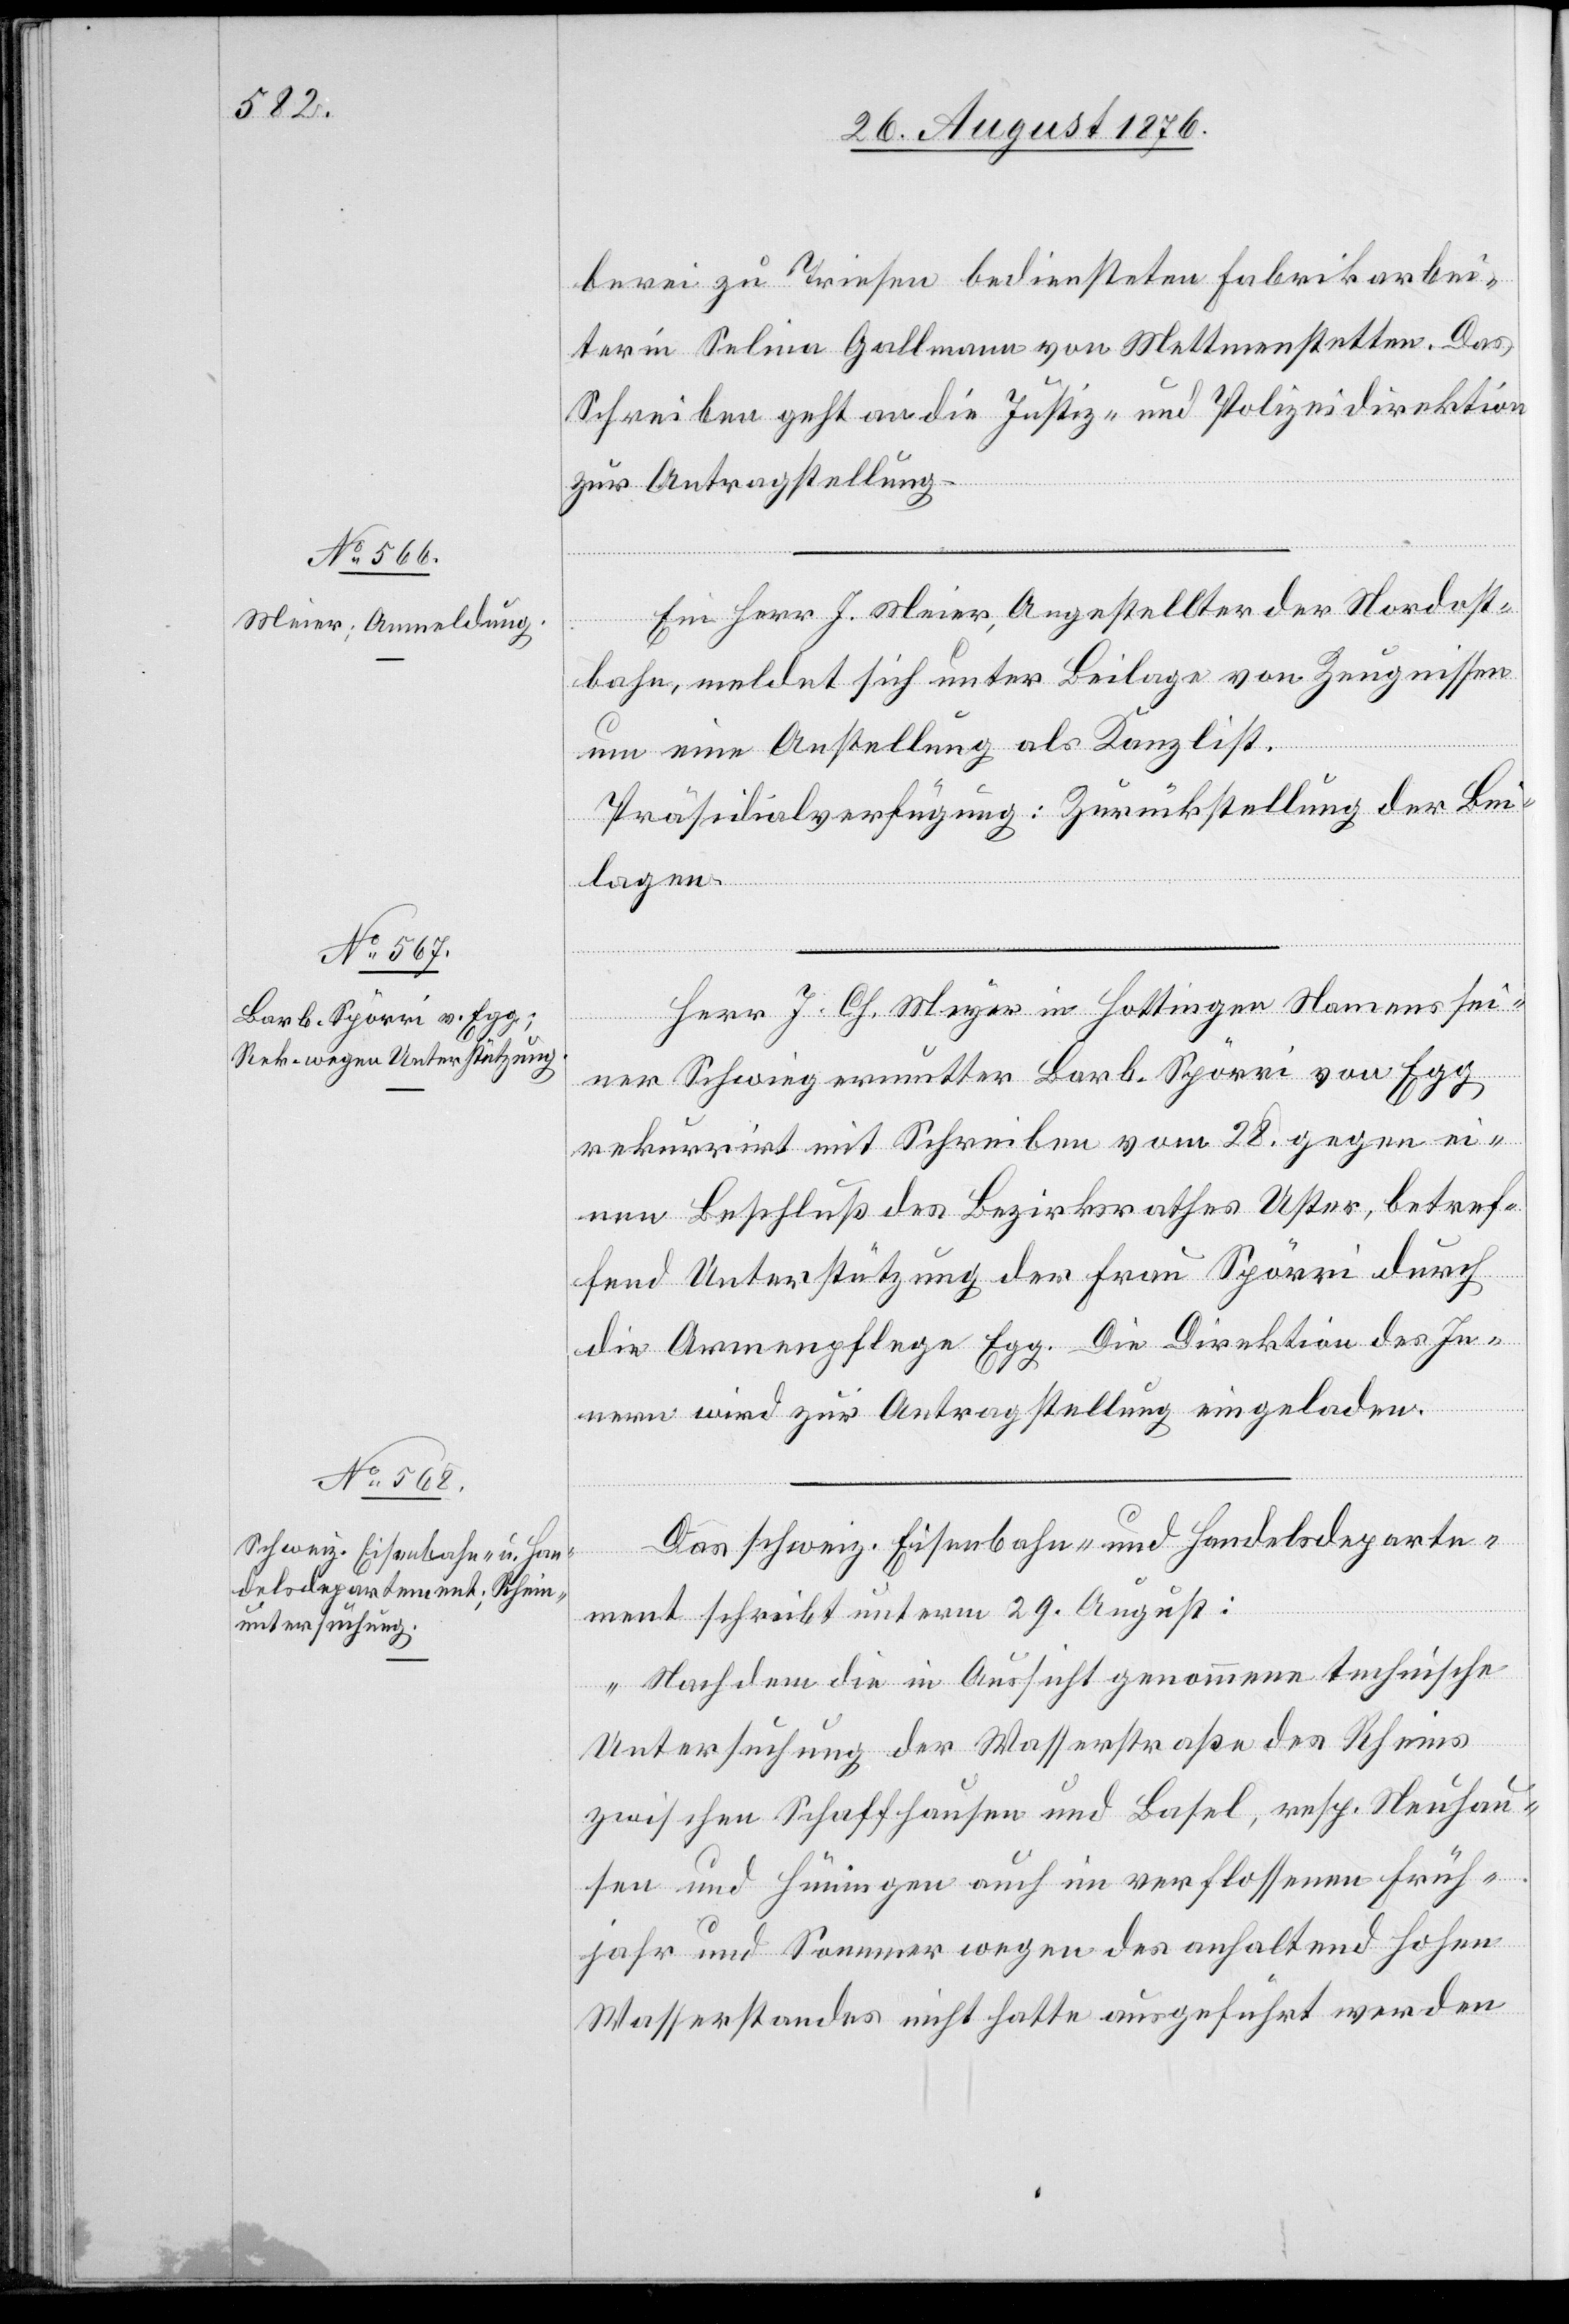
31. August 1876.]
berei zu Triesen bediensteten Fabrikarbei¬
terin Selina Gallmann von Mettmenstetten. Das
Schreiben geht an die Justiz- und Polizeidirektion
zur Antragstellung.
Ein Herr J. Meier, Angestellter der Nordost¬
bahn, meldet sich unter Beilage von Zeugnissen
um eine Anstellung als Kanzlist.
Präsidialverfügung: Zurückstellung der Bei¬
lagen.
Herr J. Ch. Meyer in Hottingen Namens sei¬
ner Schwiegermutter Barb. Spörri von Egg
rekurrirt mit Schreiben vom 28. gegen ei¬
nen Beschluß des Bezirksrathes Uster, betref¬
fend Unterstützung der Frau Spörri durch
die Armenpflege Egg. Die Direktion des In¬
nern wird zur Antragstellung eingeladen.
Das schweiz. Eisenbahn- und Handelsdeparte¬
ment schreibt unter 29. August:
„Nachdem die in Aussicht genommene technische
Untersuchung der Wasserstraße des Rheins
zwischen Schaffhausen und Basel, resp. Neuhau¬
sen und Hüningen auch in verflossenem Früh¬
jahr und Sommer wegen des anhaltend hohen
Wasserstandes nicht hatte ausgeführt werden